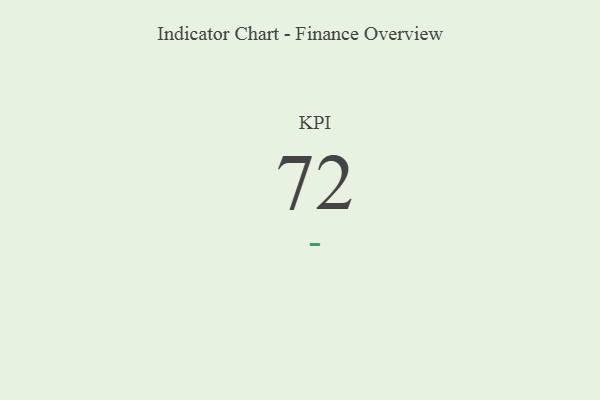
{"axis": {"x": "KPI", "y": "Value"}, "legend": [""], "data": [{"x": "KPI", "y": 72, "type": ""}]}